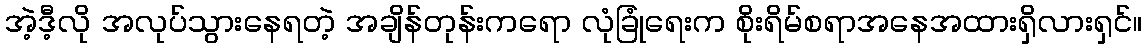
အဲ့ဒီ့လို အလုပ်သွားနေရတဲ့ အချိန်တုန်းကရော လုံခြုံရေးက စိုးရိမ်စရာအနေအထားရှိလားရှင်။